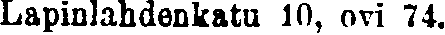
Lapinlahdenkatu 10, ovi 74.